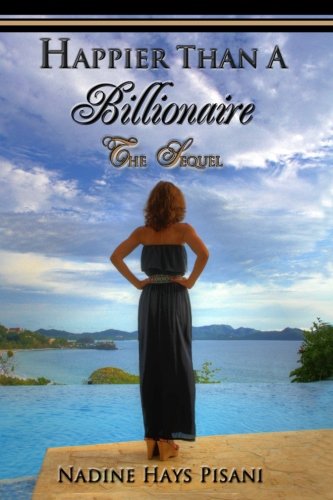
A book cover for Happier Than A Billionaire: The Sequel; Nadine Hays Pisani; Travel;